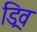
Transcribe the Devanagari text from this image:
ड्रिव